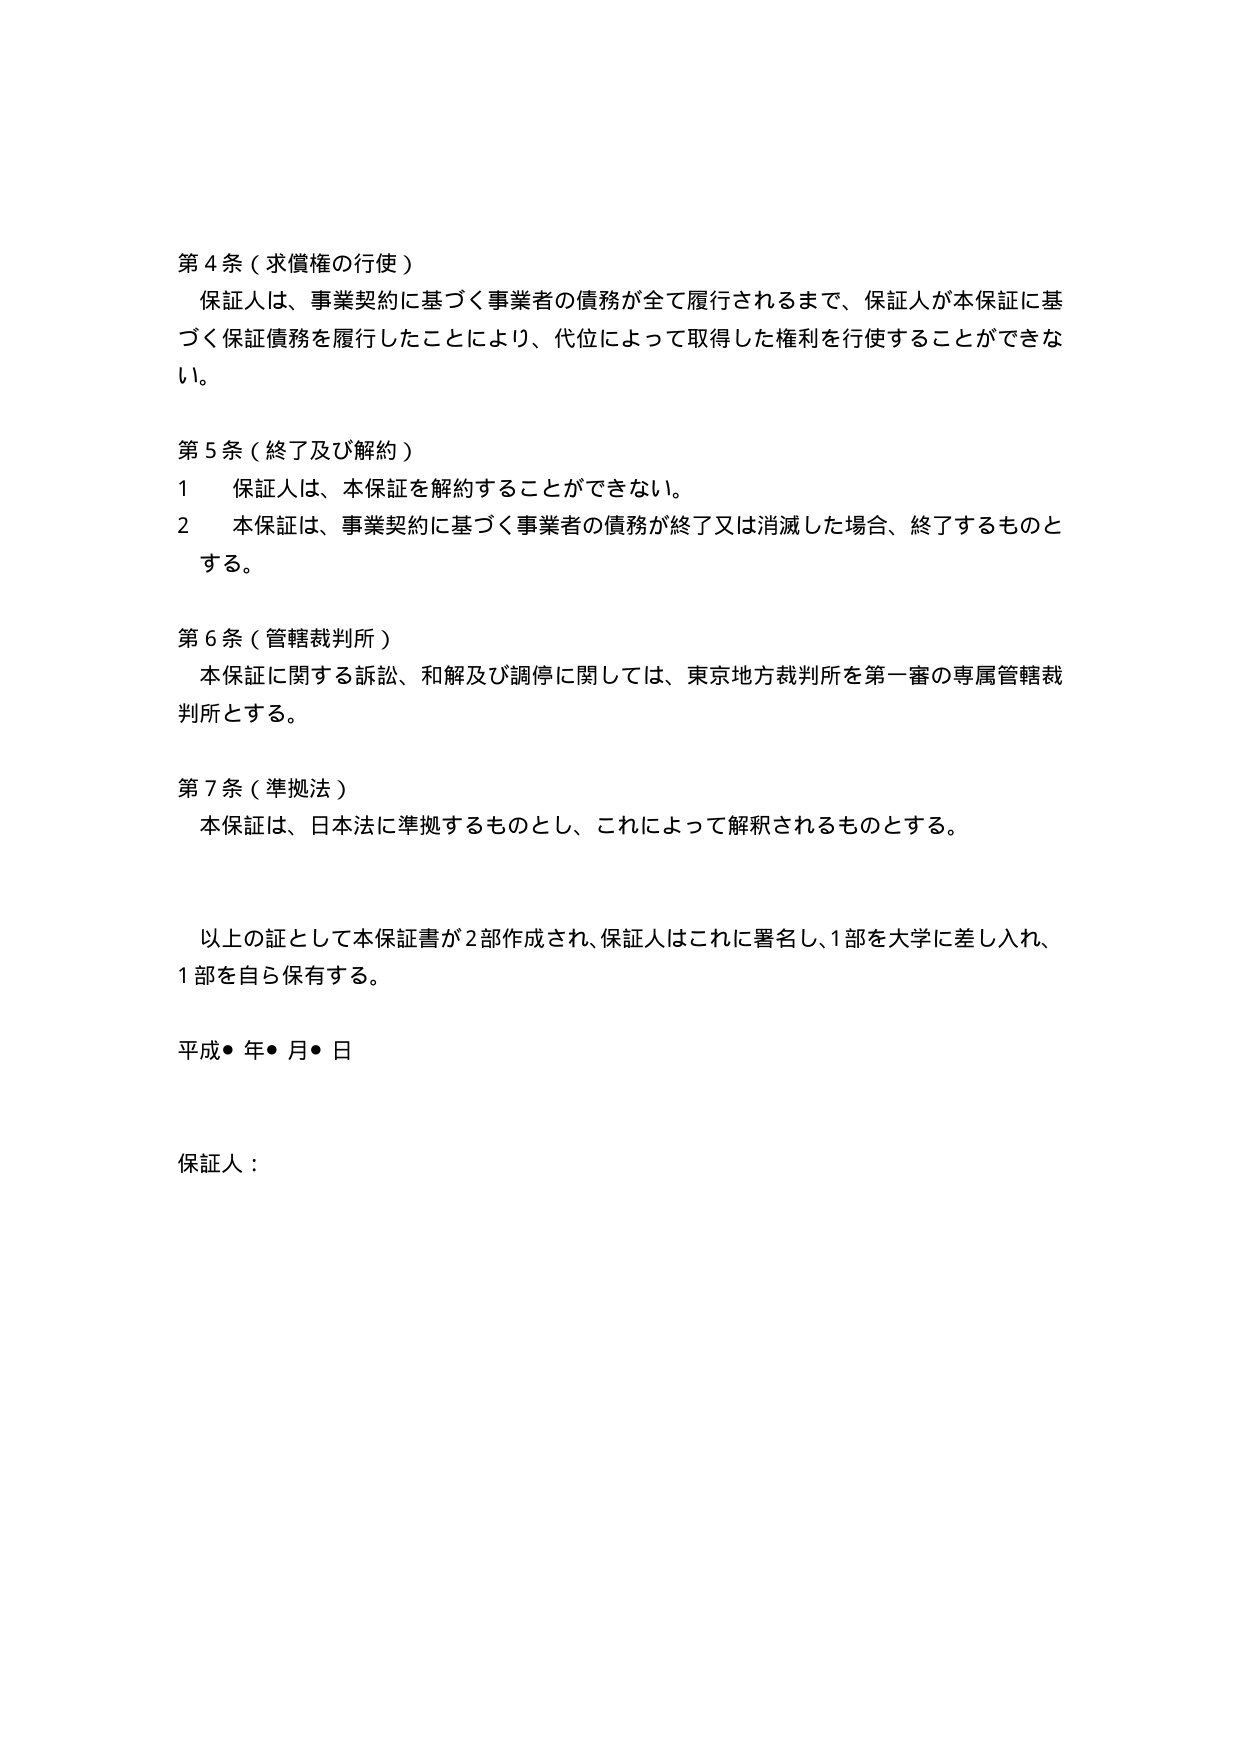
第４条（求償権の行使）
保証人は、事業契約に基づく事業者の債務が全て履行されるまで、保証人が本保証に基づく保証債務を履行したことにより、代位によって取得した権利を行使することができない。

第５条（終了及び解約）
１　保証人は、本保証を解約することができない。
２　本保証は、事業契約に基づく事業者の債務が終了又は消滅した場合、終了するものとする。

第６条（管轄裁判所）
本保証に関する訴訟、和解及び調停に関しては、東京地方裁判所を第一審の専属管轄裁判所とする。

第７条（準拠法）
本保証は、日本法に準拠するものとし、これによって解釈されるものとする。

以上の証として本保証書が２部作成され、保証人はこれに署名し、１部を大学に差し入れ、１部を自ら保有する。

平成●年●月●日

保証人：